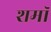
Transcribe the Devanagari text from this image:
शमॉ